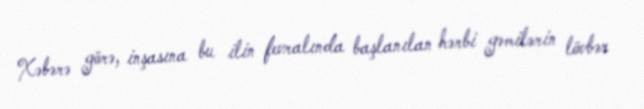
Xəbərə görə, inşasına bu ilin fevralında başlanılan hərbi gəmilərin lövbər